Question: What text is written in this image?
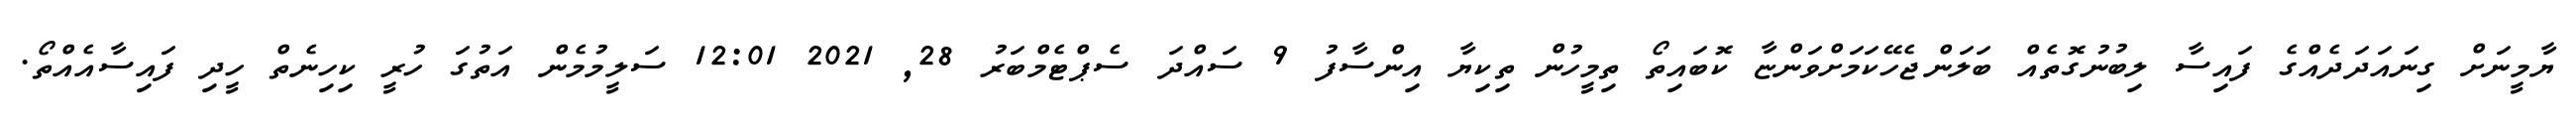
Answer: ޔާމީނަށް ގިނައަދަދެއްގެ ފައިސާ ލިބުނުގޮތެއް ބަލަންޖެހޭކަމަށްވަންޏާ ކޮބައިތޯ ތިމީހުން ތިކިޔާ އިންސާފު 9 ސައްދަ ސެޕްޓެމްބަރު 28, 2021 12:01 ސަލީމުމެން އަތުގަ ހުރީ ކިހިނެތް ހީދި ފައިސާއެއްތޯ.